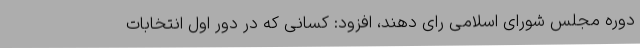
دوره مجلس شورای اسلامی رای دهند، افزود: کسانی که در دور اول انتخابات